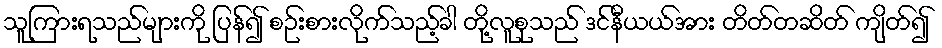
သူကြားရသည်များကို ပြန်၍ စဉ်းစားလိုက်သည့်ခါ တို့လူစုသည် ဒင်နီယယ်အား တိတ်တဆိတ် ကျိတ်၍